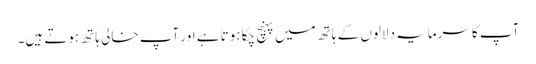
آپ کا سرمایہ دلالوں کے ہاتھ میں پہنچ چکا ہوتا ہے اور آپ خالی ہاتھ ہوتے ہیں۔